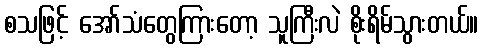
စသဖြင့် အော်သံတွေကြားတော့ သူကြီးလဲ စိုးရိမ်သွားတယ်။